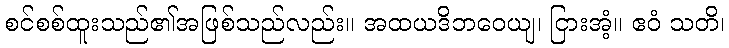
စင်စစ်ထူးသည်၏အဖြစ်သည်လည်း။ အထယဒိဘဝေယျ၊ ငြားအံ့။ ဧဝံ သတိ၊